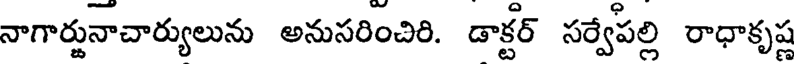
నాగార్జునాచార్యులును అనుసరించిరి. డాక్టర్ సర్వేపల్లి రాధాకృష్ణ